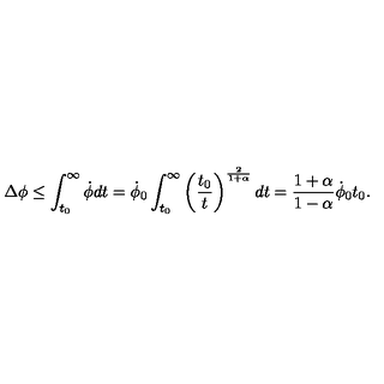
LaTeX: \Delta \phi \leq \int _ { t _ { 0 } } ^ { \infty } \dot { \phi } d t = \dot { \phi } _ { 0 } \int _ { t _ { 0 } } ^ { \infty } \left( { \frac { t _ { 0 } } { t } } \right) ^ { \frac { 2 } { 1 + \alpha } } d t = { \frac { 1 + \alpha } { 1 - \alpha } } \dot { \phi } _ { 0 } t _ { 0 } .